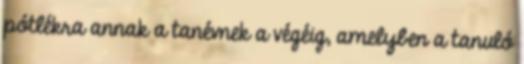
pótlékra annak a tanévnek a végéig, amelyben a tanuló